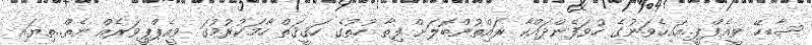
ސާބހޭ ވީއެފްޕީ..އައިހެވަނުގެ ހުވަފެންދައްކާ ރައްިތުންބޮލަށް ފިތާ ހުތުގެ ހަޤީޤަތް ހާމަކުރުމުގަ ވީއެޕްޕީވަރެއް ނެތް..ތިޔައި